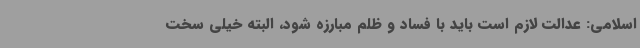
اسلامی: عدالت لازم است باید با فساد و ظلم مبارزه شود، البته خیلی سخت